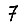
Digit: 7